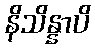
နိသိန္နာပိ